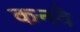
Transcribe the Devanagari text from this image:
कनवे